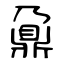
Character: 鼐